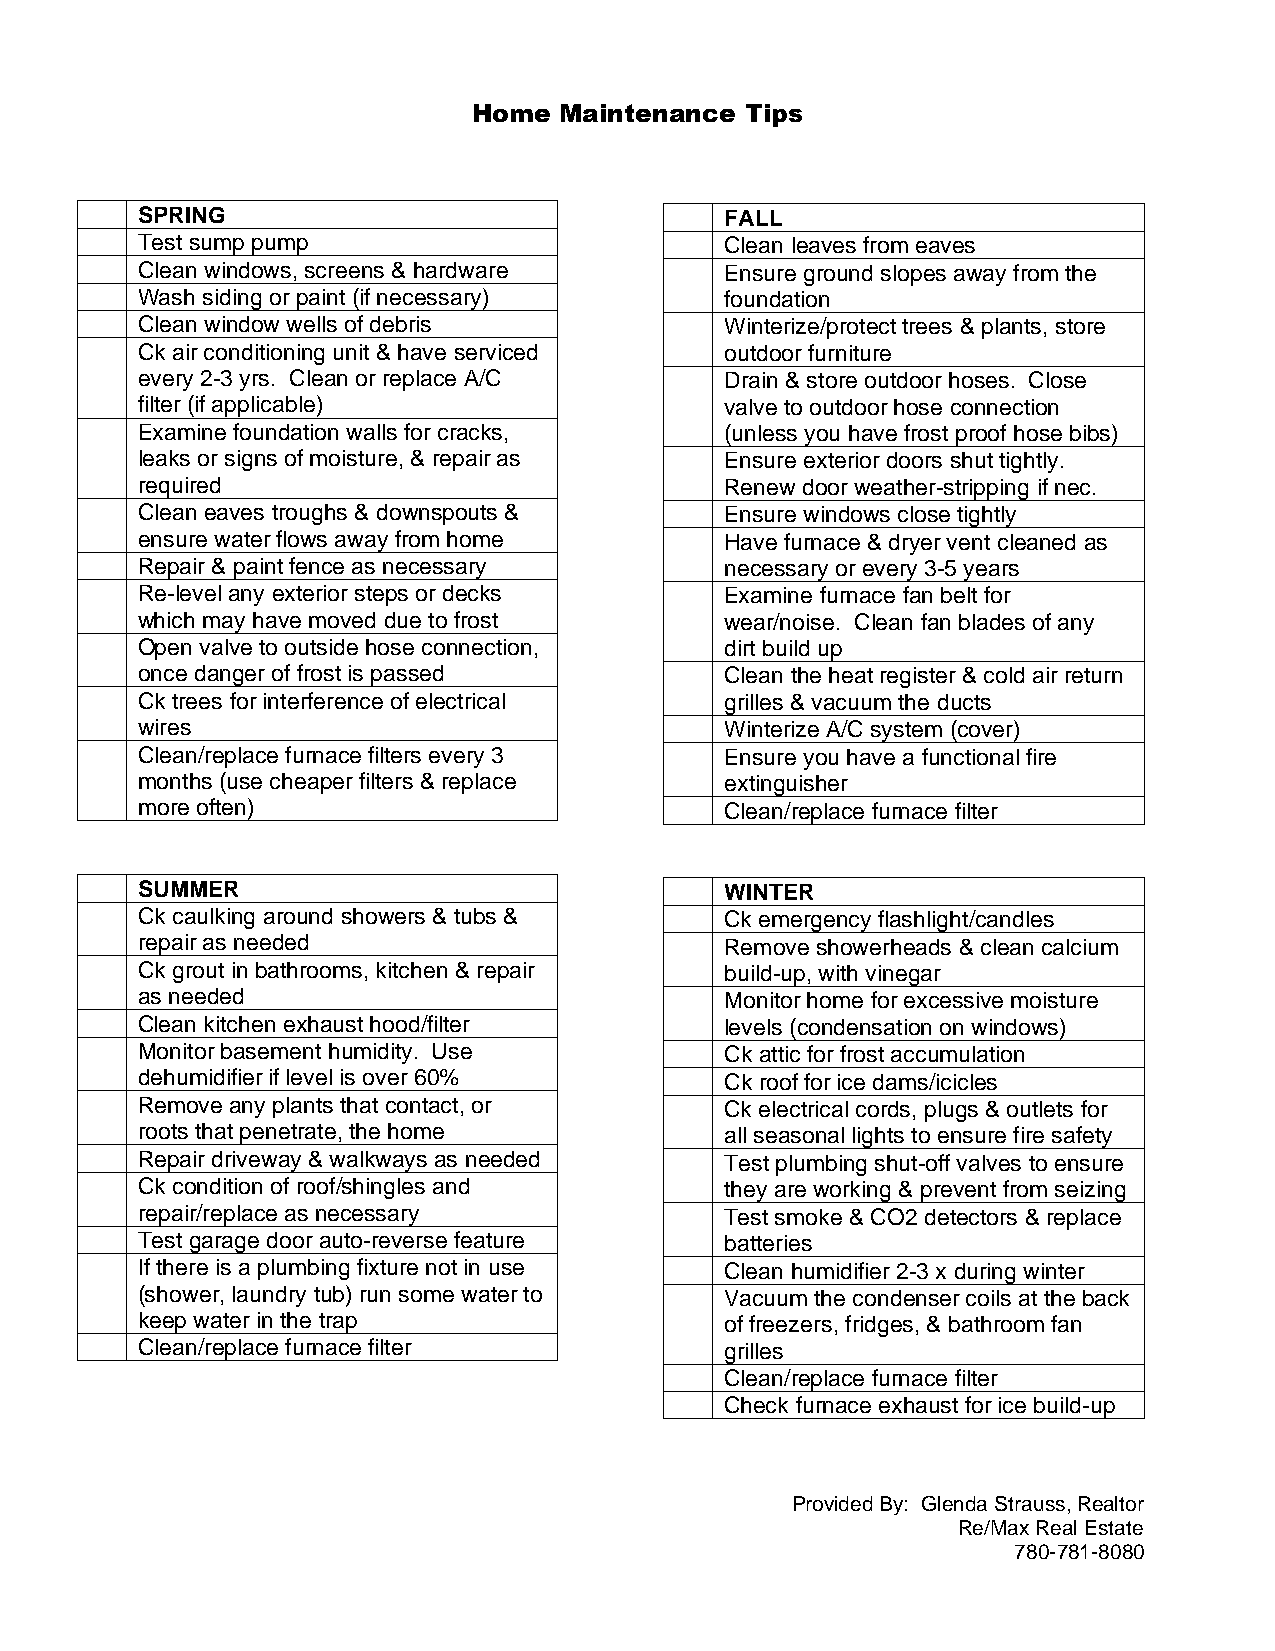
Home  Maintenance Tips
 SPRING                                 FALL
 Test sump pump                         Clean leaves from eaves
 Clean windows, screens & hardware      Ensure ground slopes away from the
 Wash siding or paint (if necessary)    foundation
 Clean window wells of debris           Winterize/protect trees & plants, store
 Ck air conditioning unit & have serviced outdoor furniture
 every 2-3 yrs. Clean or replace A/C    Drain & store outdoor hoses. Close
 filter (if applicable)                 valve to outdoor hose connection
 Examine foundation walls for cracks,   (unless you have frost proof hose bibs)
 leaks or signs of moisture, & repair as Ensure exterior doors shut tightly.
 required                               Renew door weather-stripping if nec.
 Clean eaves troughs & downspouts &     Ensure windows close tightly
 ensure water flows away from home      Have furnace & dryer vent cleaned as
 Repair & paint fence as necessary      necessary or every 3-5 years
 Re-level any exterior steps or decks   Examine furnace fan belt for
 which may have moved due to frost      wear/noise. Clean fan blades of any
 Open valve to outside hose connection, dirt build up
 once danger of frost is passed         Clean the heat register & cold air return
 Ck trees for interference of electrical grilles & vacuum the ducts
 wires                                  Winterize A/C system (cover)
 Clean/replace furnace filters every 3  Ensure you have a functional fire
 months (use cheaper filters & replace  extinguisher
 more often)                            Clean/replace furnace filter
 SUMMER                                 WINTER
 Ck caulking around showers & tubs &    Ck emergency flashlight/candles
 repair as needed                       Remove showerheads & clean calcium
 Ck grout in bathrooms, kitchen & repair build-up, with vinegar
 as needed                              Monitor home for excessive moisture
 Clean kitchen exhaust hood/filter      levels (condensation on windows)
 Monitor basement humidity. Use         Ck attic for frost accumulation
 dehumidifier if level is over 60%      Ck roof for ice dams/icicles
 Remove any plants that contact, or     Ck electrical cords, plugs & outlets for
 roots that penetrate, the home         all seasonal lights to ensure fire safety
 Repair driveway & walkways as needed   Test plumbing shut-off valves to ensure
 Ck condition of roof/shingles and      they are working & prevent from seizing
 repair/replace as necessary            Test smoke & CO2 detectors & replace
 Test garage door auto-reverse feature  batteries
 If there is a plumbing fixture not in use Clean humidifier 2-3 x during winter
 (shower, laundry tub) run some water to Vacuum the condenser coils at the back
 keep water in the trap                 of freezers, fridges, & bathroom fan
 Clean/replace furnace filter           grilles
 Clean/replace furnace filter
 Check furnace exhaust for ice build-up
 Provided By: Glenda Strauss, Realtor
 Re/Max Real Estate
 780-781-8080